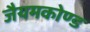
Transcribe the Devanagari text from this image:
जैयमकोण्ड